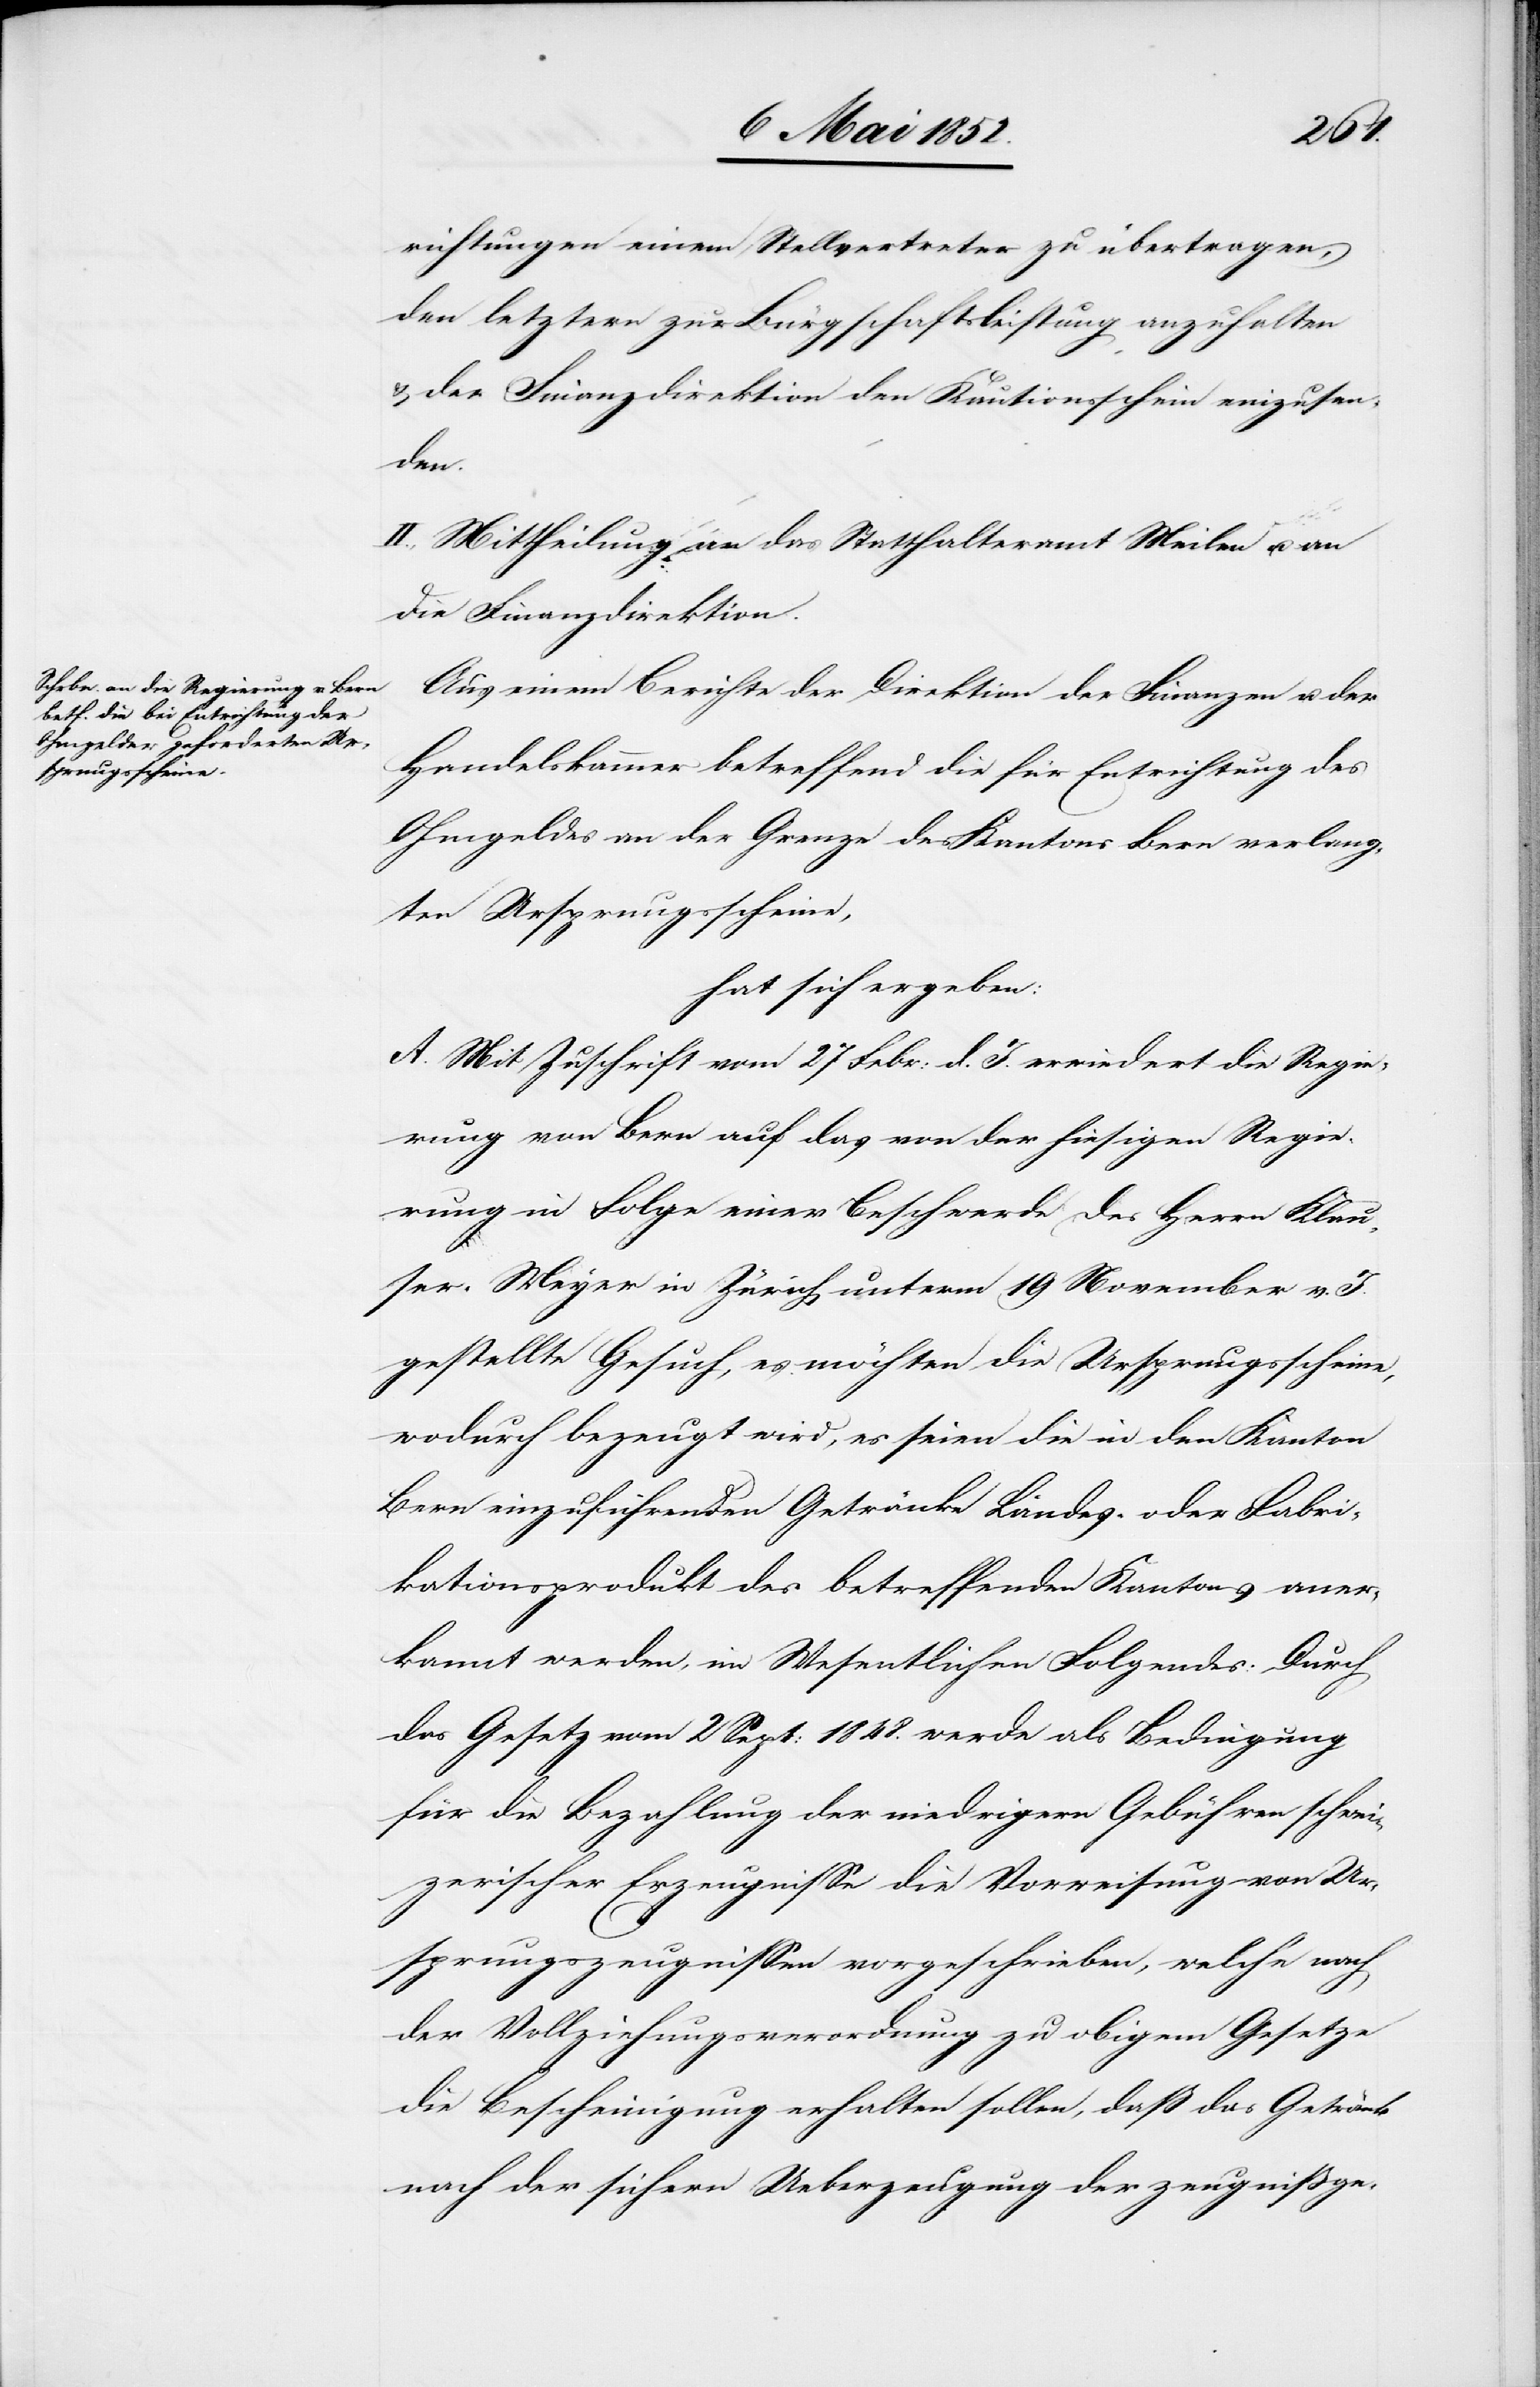
richtungen [sic!] einem Stellvertreter zu übertragen,
den letztern zur Bürgschaftsleistung anzuhalten
& der Finanzdirektion den Kautionsschein einzusen¬
den.
II., Mittheilung an das Statthalteramt Meilen u. an
die Finanzdirektion.
Aus einem Berichte der Direktion der Finanzen u. der
Handelskammer betreffend die für Entrichtung des
Ohmgeldes an der Grenze des Kantons Bern verlang¬
ten Ursprungsscheine,
hat sich ergeben:
A. Mit Zuschrift vom 27 Febr: d. J. erwiedert die Regie¬
rung von Bern auf das von der hiesigen Regie¬
rung in Folge einer Beschwerde des Herrn Klau¬
ser-Meyer in Zürich unterm 19 November v. J.
gestellte Gesuch, es möchten die Ursprungsscheine,
wodurch bezeugt wird, es seien die in den Kanton
Bern einzuführenden Getränke Landes- oder Fabri¬
kationsprodukt des betreffenden Kantons aner¬
kannt werden, im Wesentlichen Folgendes: Durch
das Gesetz vom 2 Sept: 1848. werde als Bedingung
für die Bezahlung der niedrigern Gebühren schwei¬
zerischer Erzeugnisse die Vorweisung von Ur¬
sprungszeugnissen vorgeschrieben, welche nach
der Vollziehungsverordnung zu obigem Gesetze
die Bescheinigung erhalten sollen, daß das Getränk
nach der sichern Ueberzeugung der zeugnissge-